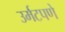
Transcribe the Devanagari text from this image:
उर्मटपणे